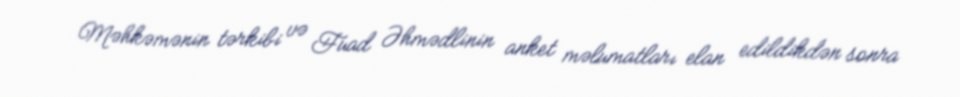
Məhkəmənin tərkibi və Fuad Əhmədlinin anket məlumatları elan edildikdən sonra